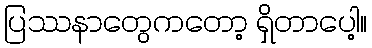
ပြဿနာတွေကတော့ ရှိတာပေါ့။